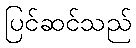
ပြင်ဆင်သည်